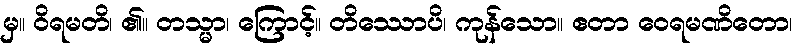
မှ။ ဝိရမတိ၊ ၏။ တသ္မာ၊ ကြောင့်။ တိဿောပိ၊ ကုန်သော။ ဧတာ ဝေရမဏိတော၊